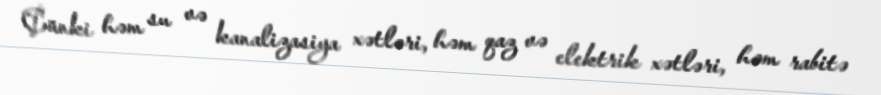
Çünki həm su və kanalizasiya xətləri, həm qaz və elektrik xətləri, həm rabitə